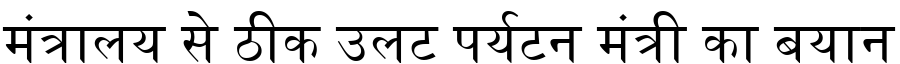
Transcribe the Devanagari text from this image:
मंत्रालय से ठीक उलट पर्यटन मंत्री का बयान